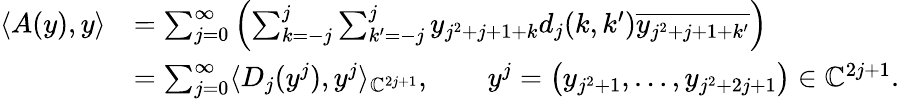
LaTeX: \begin{array}{rl}{\langle A(y),y\rangle}&{=\sum_{j=0}^{\infty}\left(\sum_{k=-j}^{j}\sum_{k^{\prime}=-j}^{j}y_{j^{2}+j+1+k}d_{j}(k,k^{\prime})\overline{{y_{j^{2}+j+1+k^{\prime}}}}\right)}\\ &{=\sum_{j=0}^{\infty}\langle D_{j}(y^{j}),y^{j}\rangle_{{\mathbb C}^{2j+1}},\qquad y^{j}=\left(y_{j^{2}+1},\ldots,y_{j^{2}+2j+1}\right)\in{\mathbb C}^{2j+1}.}\end{array}